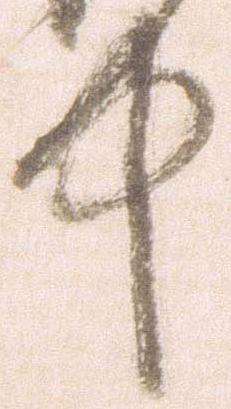
中